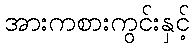
အားကစားကွင်းနှင့်